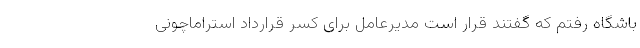
باشگاه رفتم که گفتند قرار است مدیرعامل برای کسر قرارداد استراماچونی